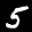
Label: 5